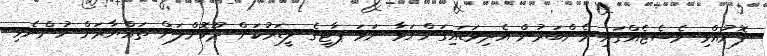
ފޮނުއްވި މެސެޖެއްގައި މެންބަރުން އެދިވަޑައިގަންނަވާ ނަމަ ޕާޓީގެ ލީޑަރުކަން ދޫކޮށްލަން ތައްޔާރަށް ހުންނެވި